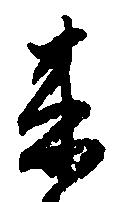
来